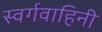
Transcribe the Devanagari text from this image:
स्वर्गवाहिनी